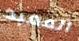
المعبد